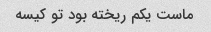
ماست یکم ریخته بود تو کیسه